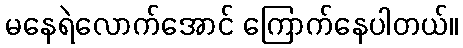
မနေရဲလောက်အောင် ကြောက်နေပါတယ်။